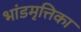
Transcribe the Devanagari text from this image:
भांडमृत्तिका